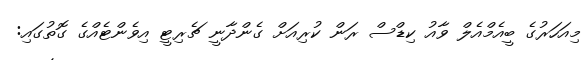
މިއަހަރުގެ ބީއެމްއެލް ވާއު ކިޑްސް ރަން ކުރިއަށް ގެންދާނީ ޗެރިޓީ އިވެންޓެއްގެ ގޮތުގައި: